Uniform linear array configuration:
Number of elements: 48
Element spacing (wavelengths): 1
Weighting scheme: kaiser
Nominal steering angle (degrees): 60
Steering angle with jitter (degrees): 60.027
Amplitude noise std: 0.05
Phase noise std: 0.05

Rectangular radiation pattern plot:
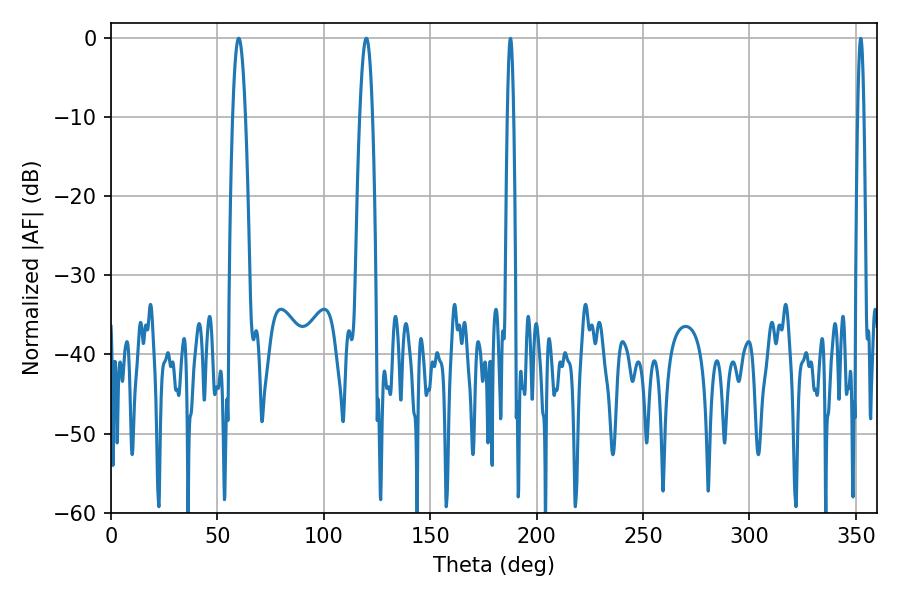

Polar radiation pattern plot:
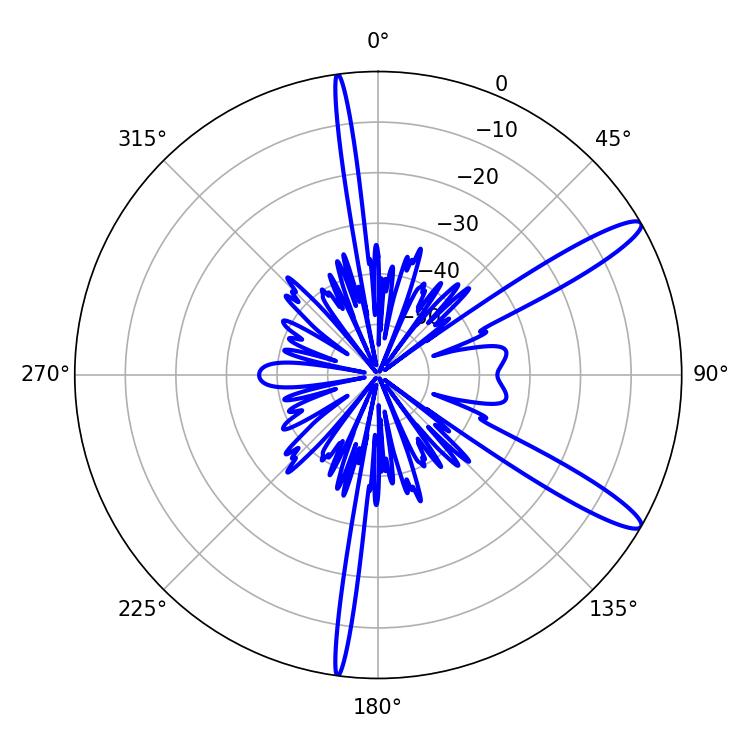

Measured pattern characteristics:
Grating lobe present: TRUE
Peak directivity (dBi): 12.979
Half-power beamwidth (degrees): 3.24
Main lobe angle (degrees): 59.94